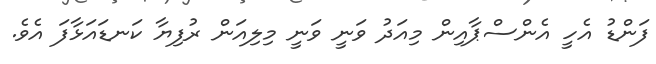
ފަންޑު އެހީ އެންސްޕާއިން މިއަދު ވަނީ ވަނީ މިލިއަން ރުފިޔާ ކަނޑައަޅާފަ އެވެ.